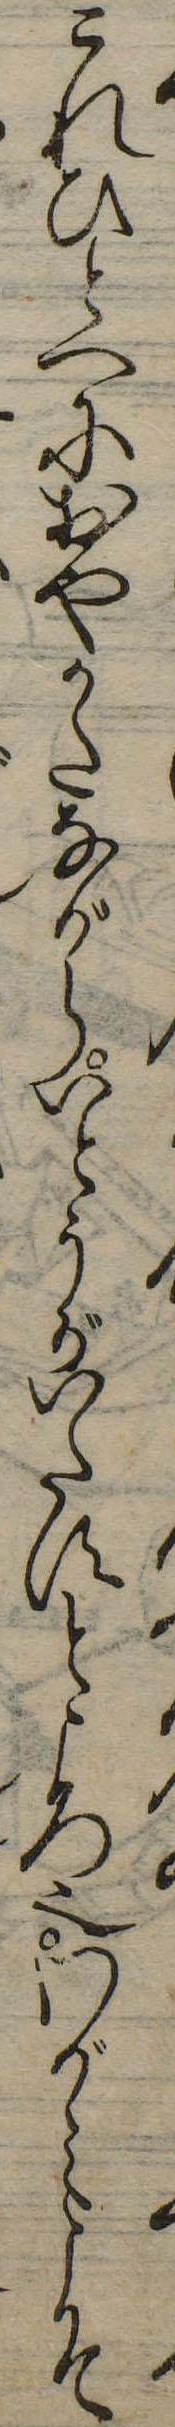
これひとつにおやかたながらいとうがいたすところ也わがみこそ